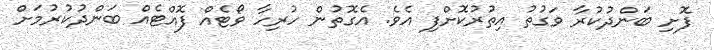
ފޮށި ބަންދުކުރާ ވަގުތު އިތުރުކޮށްފި އެވެ. އެގޮތުން ހުރިހާ ވޯޓެއް ފޮއްޓެއް ބަންދުކުރުމަށް